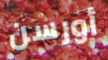
أورسن